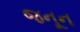
જનૂન